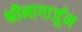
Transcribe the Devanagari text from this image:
श्रीनागार्जुन